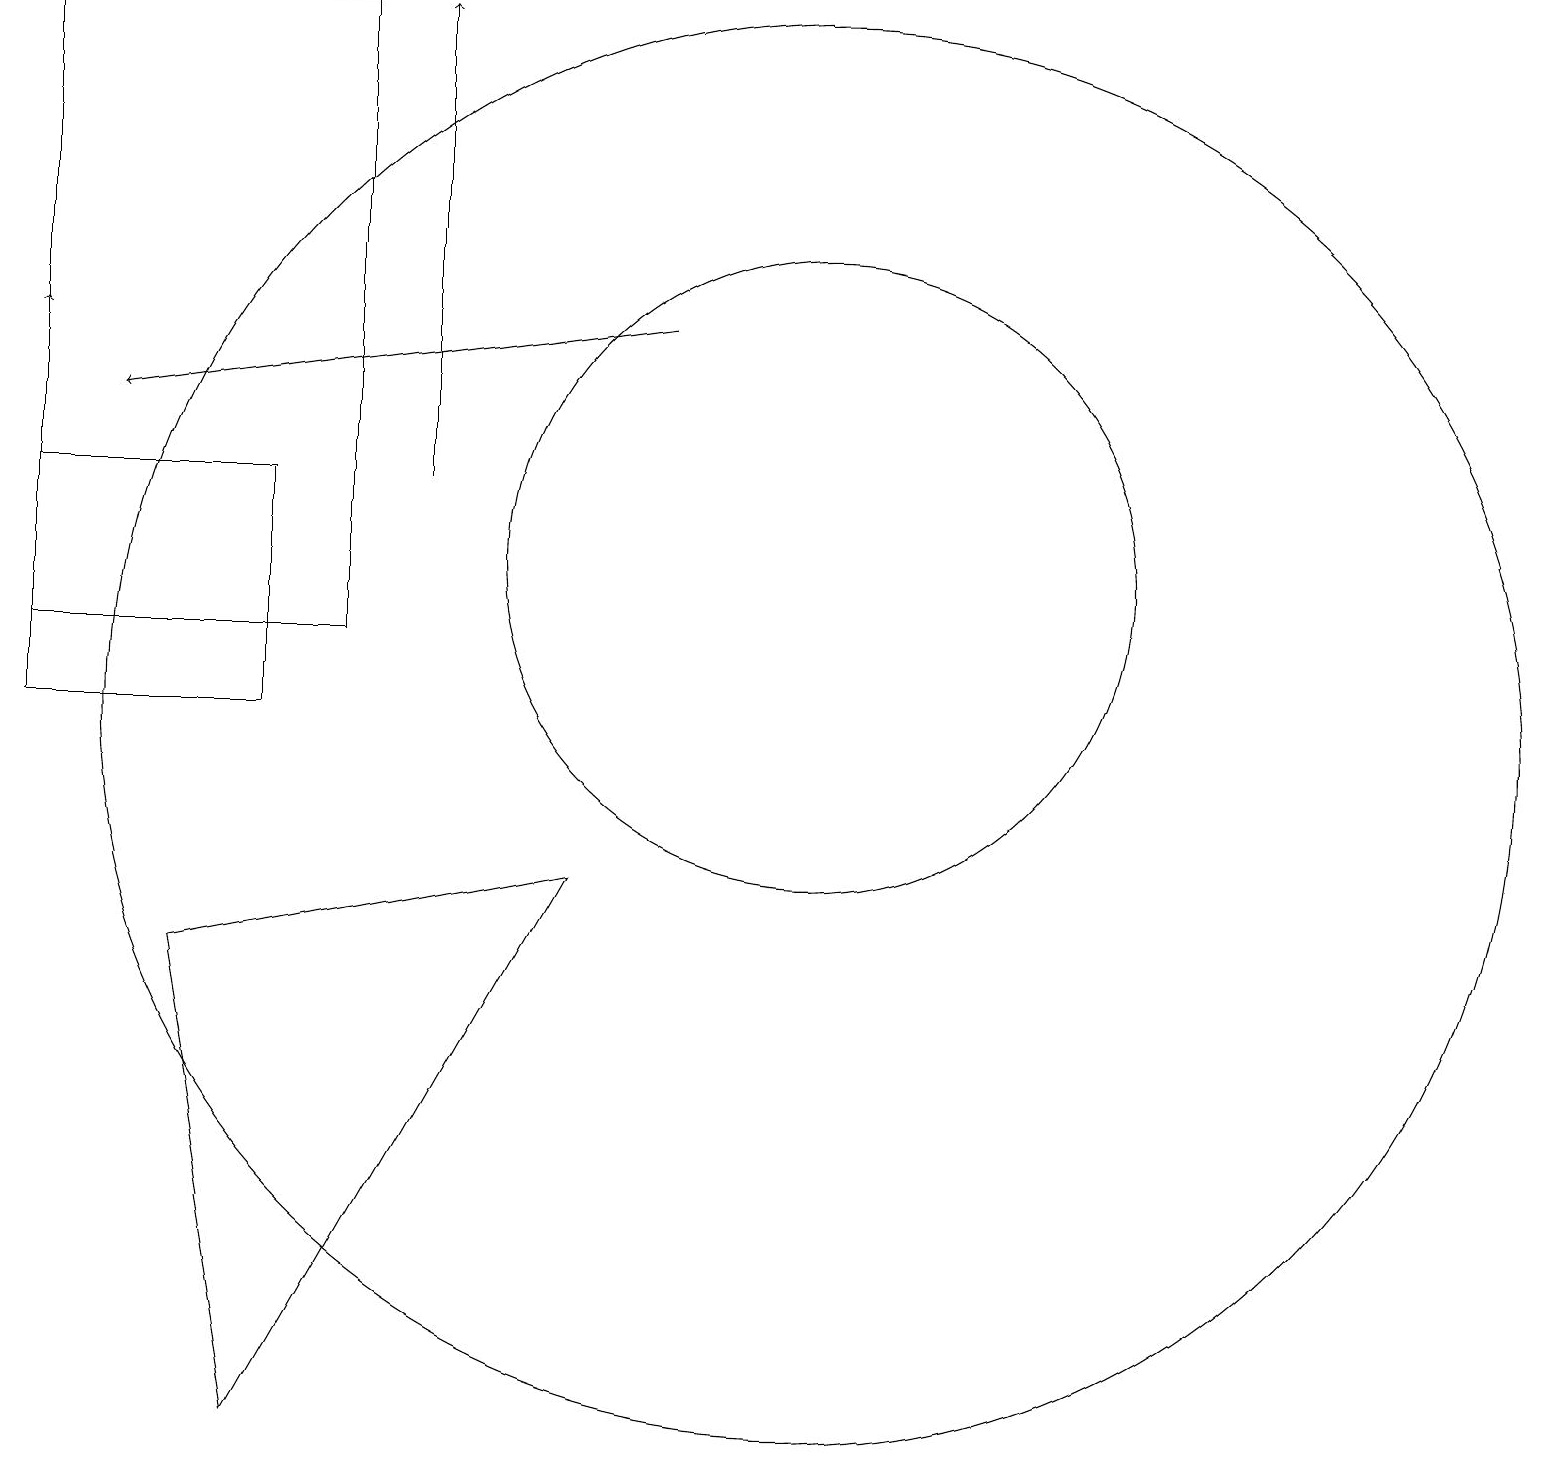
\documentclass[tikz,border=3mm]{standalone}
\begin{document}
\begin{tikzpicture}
\draw (10,10) circle (9);
\draw (0,19) rectangle (4,11);
\draw[->] (8,15) -- (1,14);
\draw (10,12) circle (4);
\draw (0,13) rectangle (3,10);
\draw[->] (5,13) -- (5,19);
\draw (2,7) -- (3,1) -- (7,8) -- cycle;
\draw[->] (0,15) -- (0,15);
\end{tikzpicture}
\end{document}